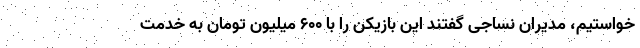
خواستیم، مدیران نساجی گفتند این بازیکن را با ۶۰۰ میلیون تومان به خدمت